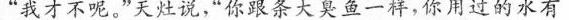
“我才不呢。"天灶说，“你跟条大臭鱼一样，你用过的水有